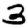
Digit: 3